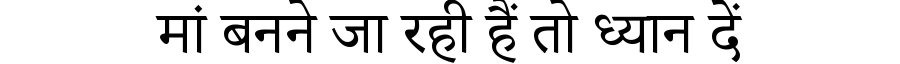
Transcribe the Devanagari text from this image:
मां बनने जा रही हैं तो ध्यान दें